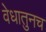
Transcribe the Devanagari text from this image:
वेधातुनच